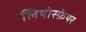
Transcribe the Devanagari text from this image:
लिथोस्फ़ेयर